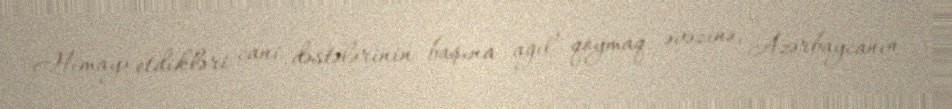
Himayə etdikləri cani dəstələrinin başına ağıl qoymaq əvəzinə, Azərbaycanın